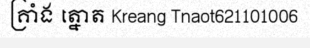
គ្រាំង ត្នោត Kreang Tnaot621101006